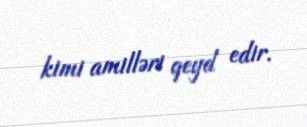
kimi amilləri qeyd edir.